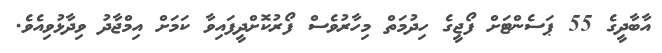
އާބާދީގެ 55 ޕަސެންޓަށް ފޯޖީގެ ހިދުމަތް މިހާރުވެސް ފޯރުކޮށްދީފައިވާ ކަމަށް އިމްޖާދު ވިދާޅުވިއެވެ.